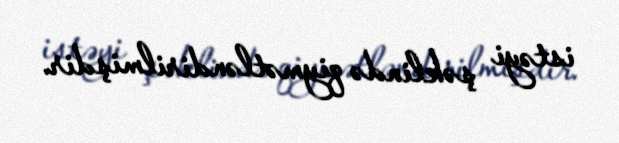
istəyi şəklində qiymətləndirilmişdir.